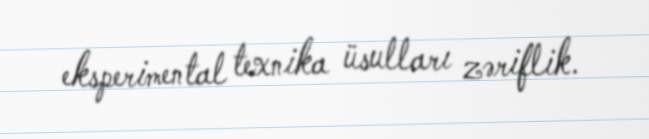
eksperimental texnika üsulları zəriflik.